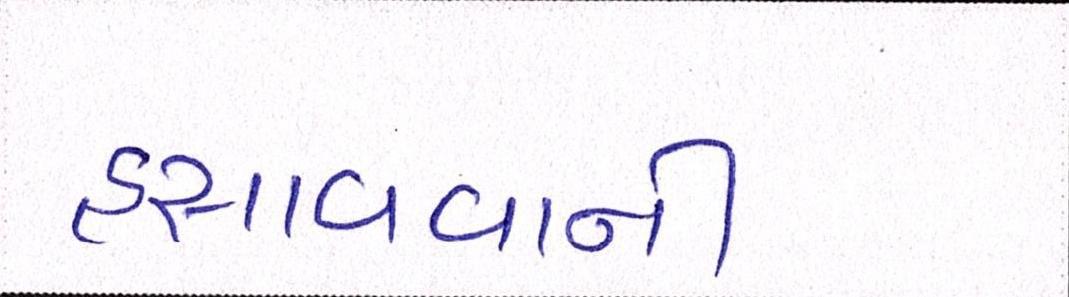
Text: હસાવવાની